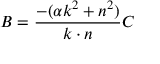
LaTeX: B = \frac { - ( \alpha k ^ { 2 } + n ^ { 2 } ) } { k \cdot n } C